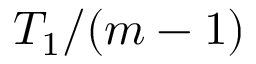
T _ { 1 } / ( m - 1 )